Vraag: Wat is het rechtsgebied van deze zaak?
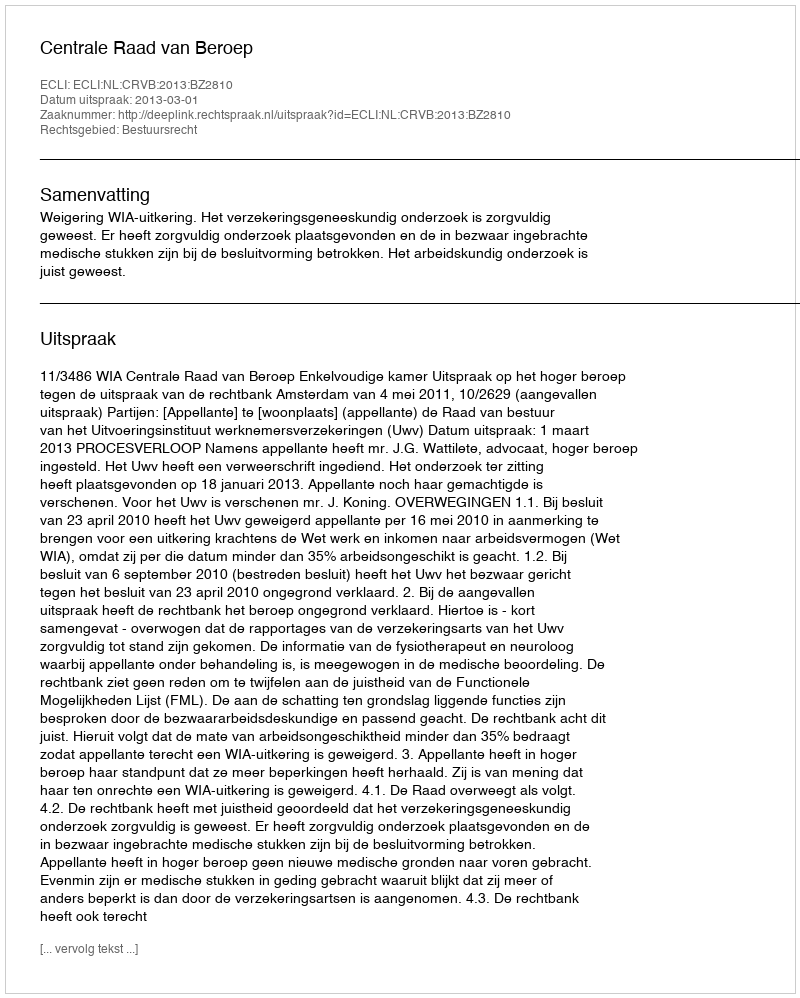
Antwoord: Bestuursrecht